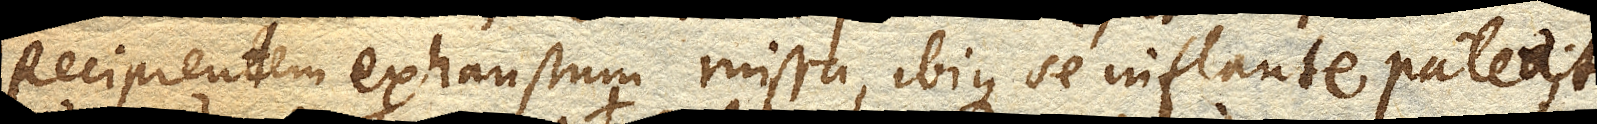
Recipientem exhaustum missa, ibique se inflante pateat;